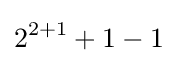
2^{2+1}+1-1